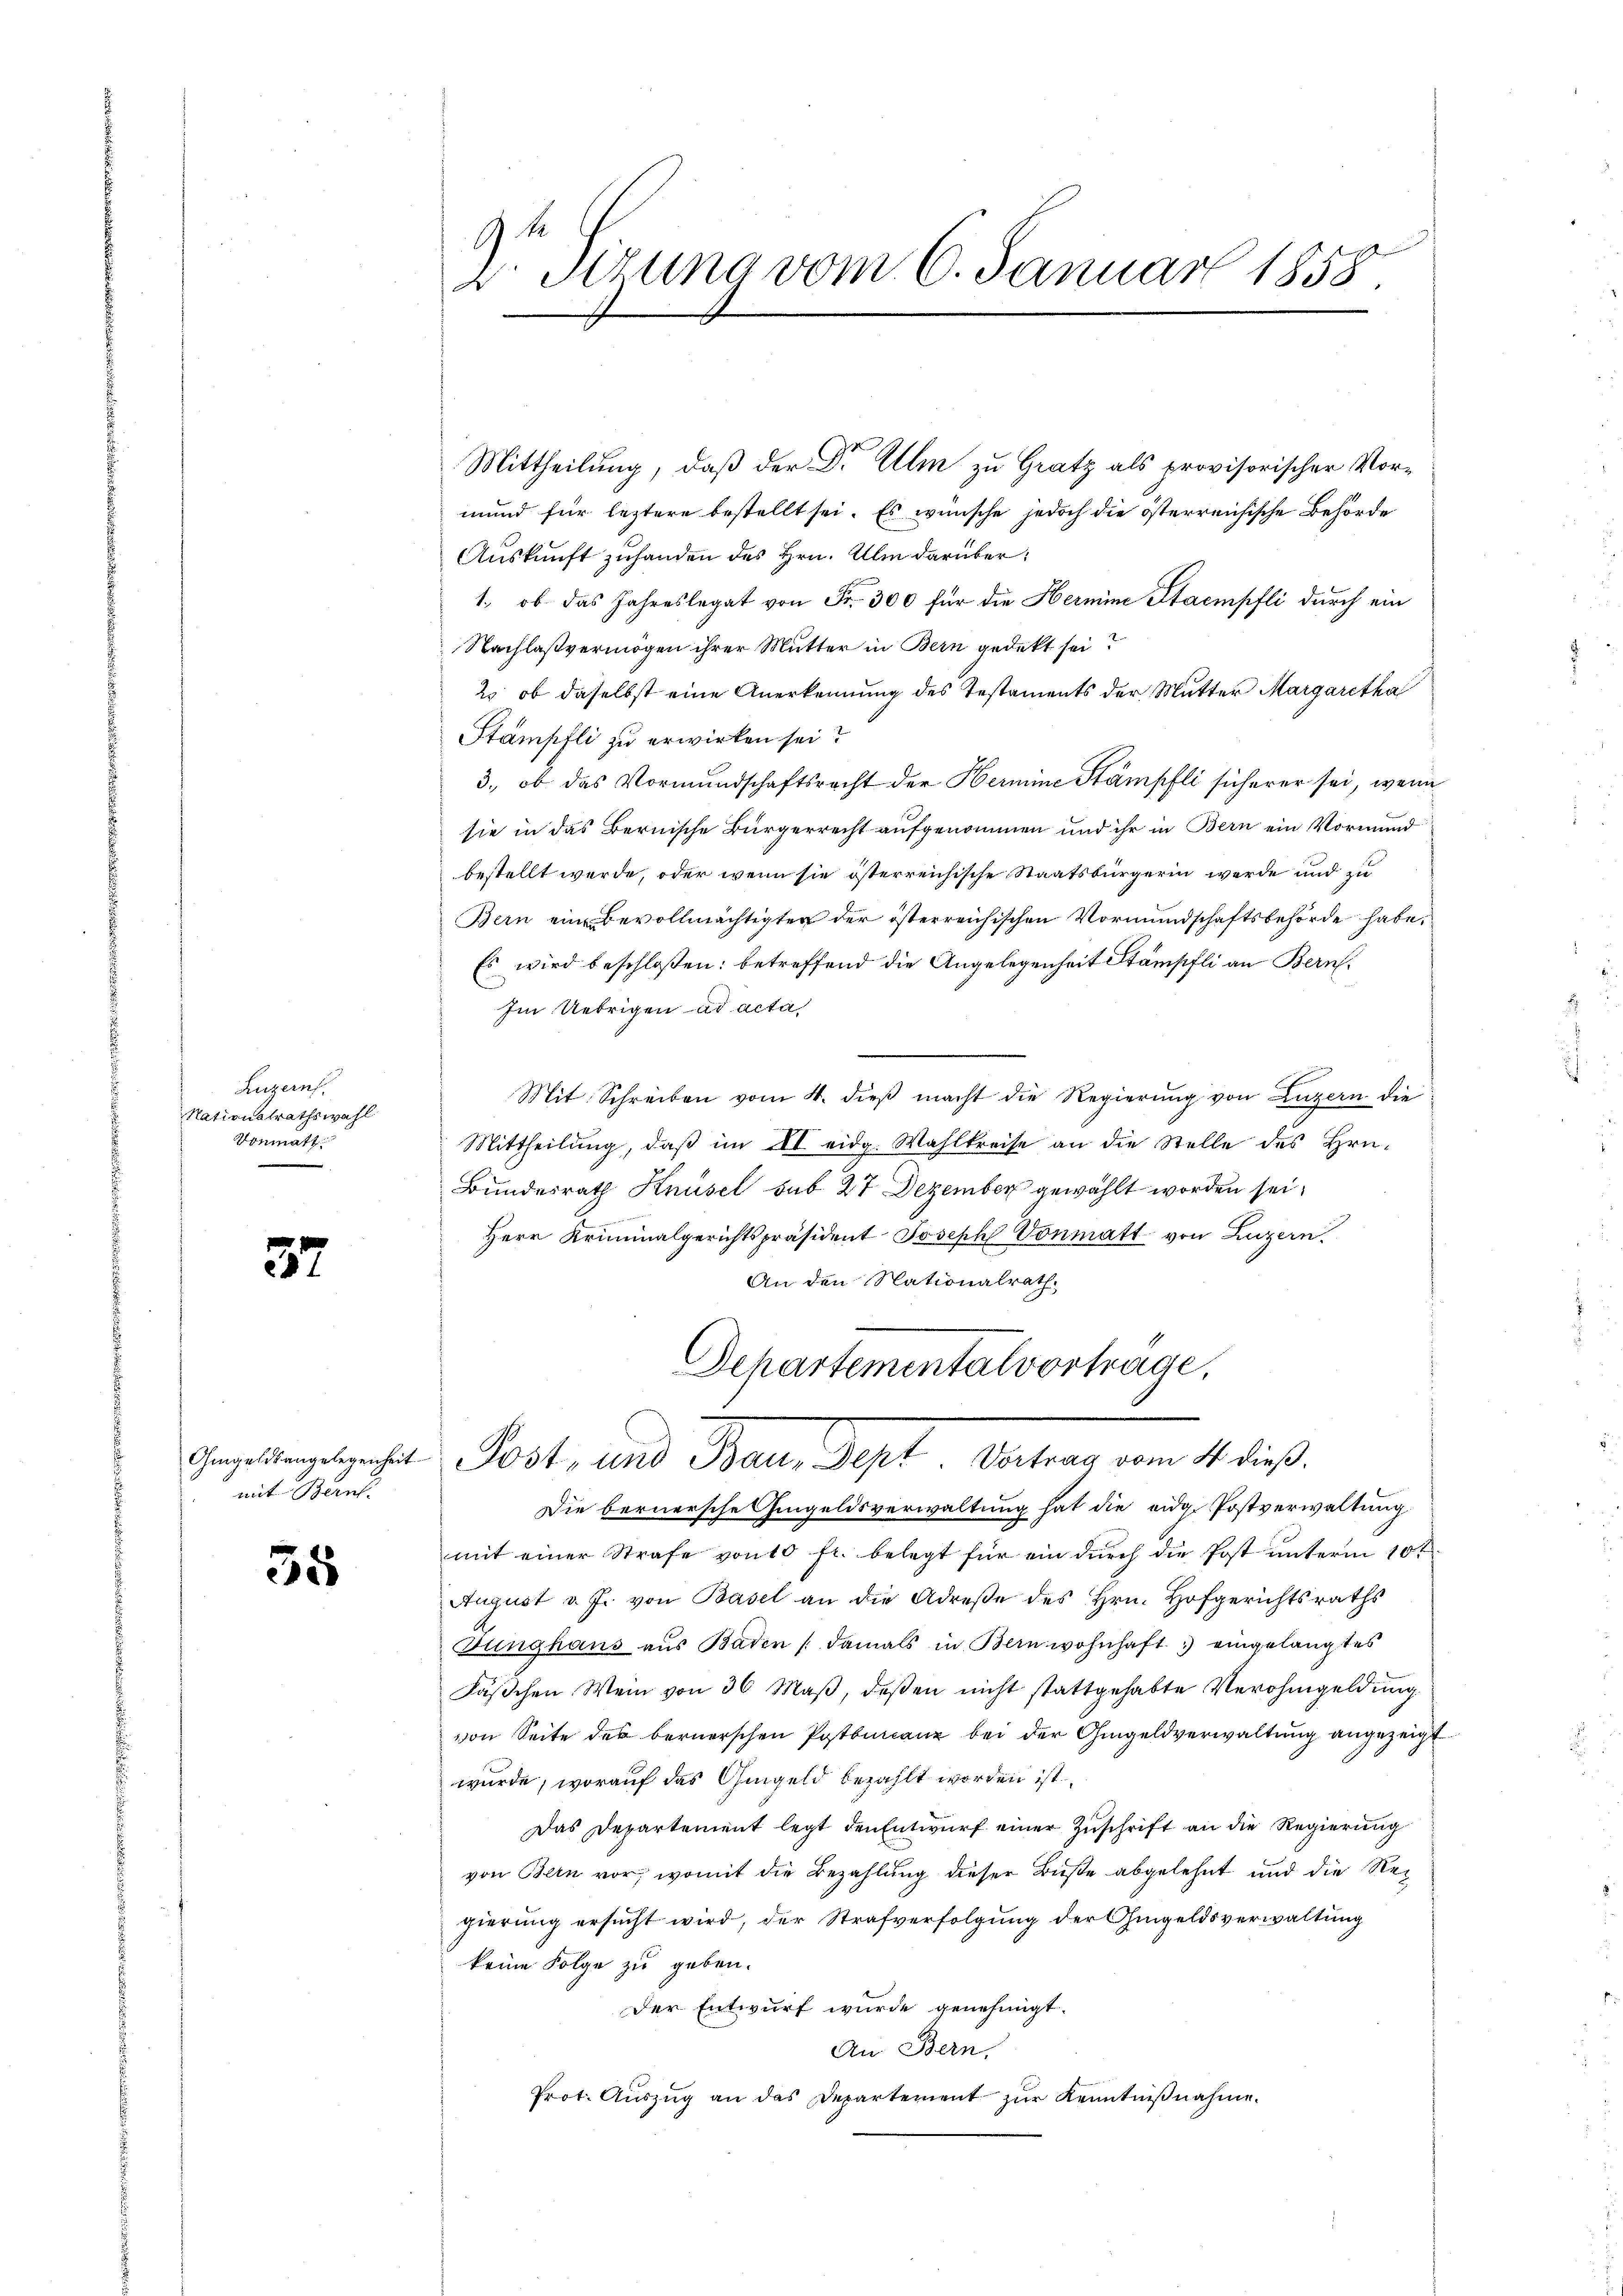
Luzern,
Nationalrathswahl
Vonmatt

37

mit Bern.

35

E
D Sizung vom 6. Januar 1858.

mund für leztere bestellt sei. Es wünsche jedoch die österreichische Behörde
Auskunft zuhanden des Hrn. Um darüber
1., ob das Jahreslegat von Fr. 300 für die Hermine Staempfli durch ein
Nachlaßvermögen ihrer Mutter in Bern gedeckt sei?
2 ob daselbst eine Anerkennung des Testaments der Mutter Margaretha
Stämpfli zu erwirken sei?
3., ob das Vormundschaftsrecht der Hermine Stämpfli sicherer sei, wenn
sie in das Bernische Bürgerrecht aufgenommen und ihr in Bern ein Vormund
bestellt werde, oder wenn sie österreichische Staatsbürgerin werde und zu
Bern ein Bevollmächtigter der österreichischen Vormundschaftsbehörde habe,
Es wird beschloßen: betreffend die Angelegenheit Stämpfli an Bern.
Im Uebrigen ad acta
Mit. Schreiben vom 4. dieβ macht die Regierŭng von Luzern die
Mittheilung, daß im II eidg. Wahlkreise an die Stelle des Hrn.
Bundesrath Knüsel sub 27 Dezember gewählt worden sei.
Herr Kriminalgerichtspräsident Joseph Vonmatt von Luzern.
An den Nationalrath
Departementalvortrage,
Gestanschaft Post, und Treuen. Sept. Vertrag vom 14. die

Mittheilung, daß der Dr Ulm zu Gratz als provisorischer Vor¬

Die bernersche Gingeldsverwaltung hat die eidg. Postverwaltung
mit einer Strafe von 10 fr. belegt für ein dŭrch die Post ŭnterm 10t
August v. J. von Basel an die Adrese des Hrn. Hofgerichtsraths
Zunghaus aus Baden (damals in Bern wohnhaft eingelangtes
Fäβchen Wein von 36 Maβ, deβen nicht stattgehabte Verohngeldŭng
von Seite des bernerschen Postburanz bei der Gingeldverwaltung angezeigt
wurde, worauf das Gugeld bezahlt worden ist,
Das Departement legt den Entwŭrf einer Zŭschrift an die Regierŭng
von Bern vor, womit die Bezahlung dieser Buße abgelehnt und die Rec
gierung ersucht wird, der Strafverfolgung der Ohmgeldsverwaltung
keine Folge zu geben.
Der Entwurf wurde genehmigt.
An Bern,
Prot. Auszug an das Departement zur Kenntnißnahme.